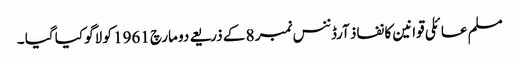
مسلم عائلی قوانین کا نفاذ آرڈننس نمبر 8 کے ذریعے دو مارچ 1961 کو لاگو کیا گیا ۔